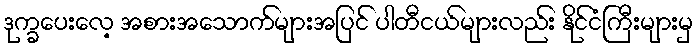
ဒုက္ခပေးလေ့ အစားအသောက်များအပြင် ပါတီငယ်များလည်း နိုင်ငံကြီးများမှ